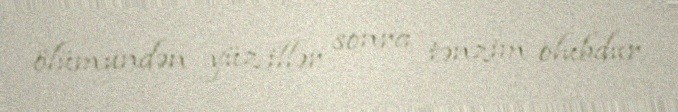
ölümündən yüz illər sonra tənzim olubdur.